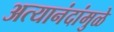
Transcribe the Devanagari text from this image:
अत्यानंदांमुळे